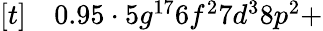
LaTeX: \begin{array}{rl}{[t]}&{{}0.95\cdot 5g^{17}6f^{2}7d^{3}8p^{2}+}\end{array}